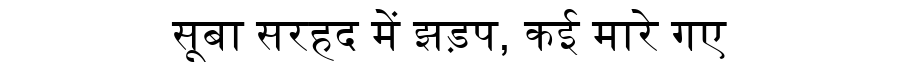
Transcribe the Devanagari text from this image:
सूबा सरहद में झड़प, कई मारे गए